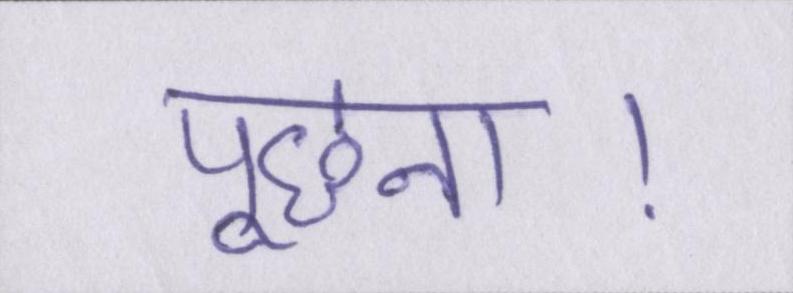
पूछना।